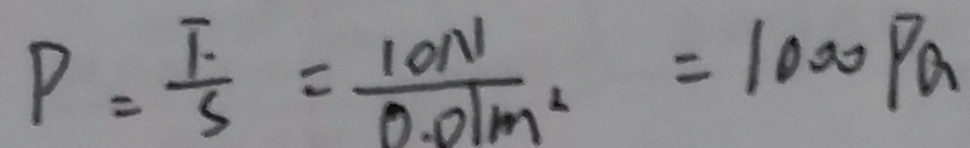
P = \frac { F } { S } = \frac { 1 0 N } { 0 . 0 1 m ^ { 2 } } = 1 0 0 0 P a